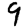
Digit: 9